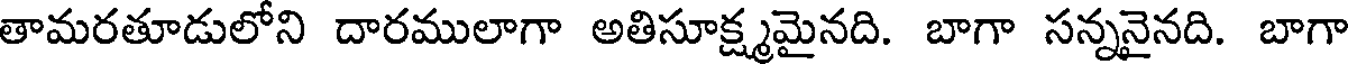
తామరతూడులోని దారములాగా అతిసూక్ష్మమైనది. బాగా సన్ననైనది. బాగా